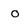
Character: o